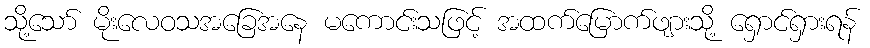
သို့သော် မိုးလေဝသအခြေအနေ မကောင်းသဖြင့် အထက်မြောက်ဖျားသို့ ရှောင်ရှားရန်